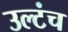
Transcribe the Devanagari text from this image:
उल्टंच